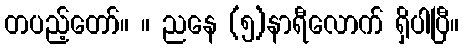
တပည့်တော်။ ။ ညနေ (၅)နာရီလောက် ရှိပါပြီ။